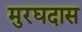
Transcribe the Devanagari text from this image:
मुरघदास